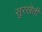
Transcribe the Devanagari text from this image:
सुरखेती